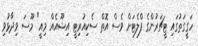
ހަގީގަތުގައި ޓީޗަރުންގެ ފްލެޓަށް ވެސް އޮތް ސެކިއުރިޓީ އިޝޫއެއް މިއީ" މޫސަ ވިދާޅުވި